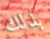
بذلك